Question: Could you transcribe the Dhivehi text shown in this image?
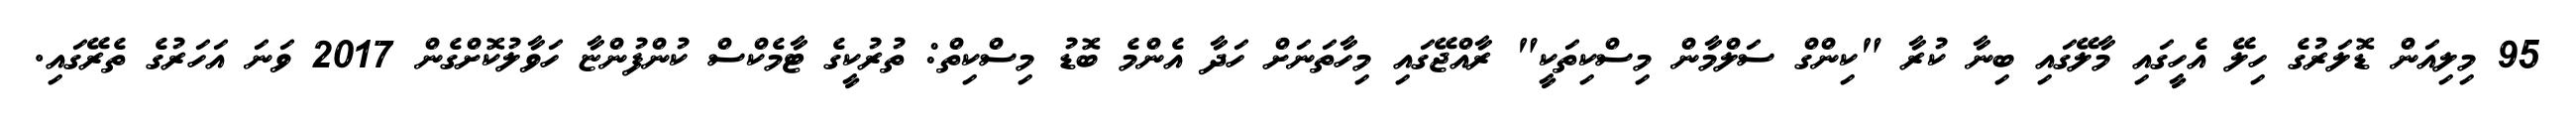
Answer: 95 މިލިއަން ޑޮލަރުގެ ހިލޭ އެހީގައި މާލޭގައި ބިނާ ކުރާ "ކިންގް ސަލްމާން މިސްކިތަކީ" ރާއްޖޭގައި މިހާތަނަށް ހަދާ އެންމެ ބޮޑު މިސްކިތް: ތުރުކީގެ ޓާމެކްސް ކުންފުންޏާ ހަވާލުކޮށްގެން 2017 ވަނަ އަހަރުގެ ތެރޭގައި.